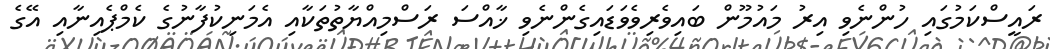
ރައީސްކަމުގައި ހުންނެވި އިރު މައުމޫން ބައިވެރިވެވަޑައިގެންނެވި ޚާއްސަ ރަސްމިއްޔާތުތަކާއި އެމަނިކުފާނުގެ ކެމްޕެއިނާއި އޭގެ